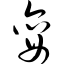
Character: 娈